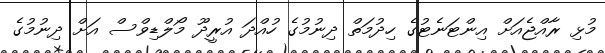
މުޅި ރާއްޖެއަށް އިންޓަނެޓުގެ ހިދުމަތް ދިނުމުގެ ހުއްދަ އުރީދޫ މޯލްޑިވްސް އަށް ދިނުމުގެ